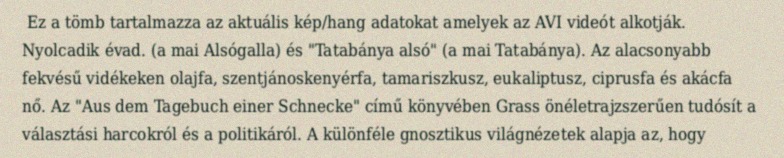
Ez a tömb tartalmazza az aktuális kép/hang adatokat amelyek az AVI videót alkotják. Nyolcadik évad. (a mai Alsógalla) és "Tatabánya alsó" (a mai Tatabánya). Az alacsonyabb fekvésű vidékeken olajfa, szentjánoskenyérfa, tamariszkusz, eukaliptusz, ciprusfa és akácfa nő. Az "Aus dem Tagebuch einer Schnecke" című könyvében Grass önéletrajzszerűen tudósít a választási harcokról és a politikáról. A különféle gnosztikus világnézetek alapja az, hogy